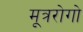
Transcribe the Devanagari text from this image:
मूत्ररोगो